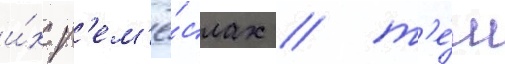
и́х р'ем'ё́слах / т'е́м